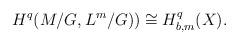
LaTeX: \begin{align*} H^q(M/G,L^m/G))\cong H^q_{b,m}(X). \end{align*}